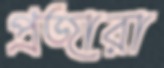
প্রজারা